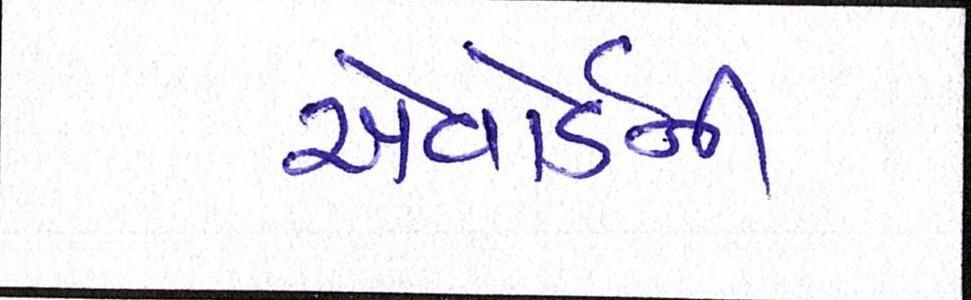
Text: એવોર્ડની